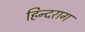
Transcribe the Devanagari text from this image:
हिन्दराग